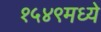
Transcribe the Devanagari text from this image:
१५४९मध्ये